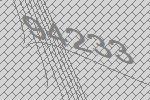
94233